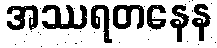
အဿရတနေန